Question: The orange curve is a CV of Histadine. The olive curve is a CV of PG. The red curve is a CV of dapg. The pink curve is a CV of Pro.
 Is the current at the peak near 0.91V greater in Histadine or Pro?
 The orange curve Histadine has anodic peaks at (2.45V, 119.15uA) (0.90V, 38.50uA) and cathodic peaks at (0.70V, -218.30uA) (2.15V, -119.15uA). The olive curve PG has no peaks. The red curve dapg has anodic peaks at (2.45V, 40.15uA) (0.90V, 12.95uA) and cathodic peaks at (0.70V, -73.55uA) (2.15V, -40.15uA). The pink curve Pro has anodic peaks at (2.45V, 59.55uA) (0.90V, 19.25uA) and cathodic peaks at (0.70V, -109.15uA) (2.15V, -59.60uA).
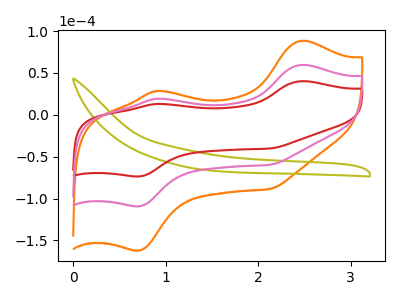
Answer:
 <answer>The peak at 0.91V is higher in "Histadine" than in "Pro".</answer>
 <eval>higher</eval>